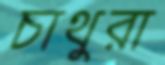
চাথুরা